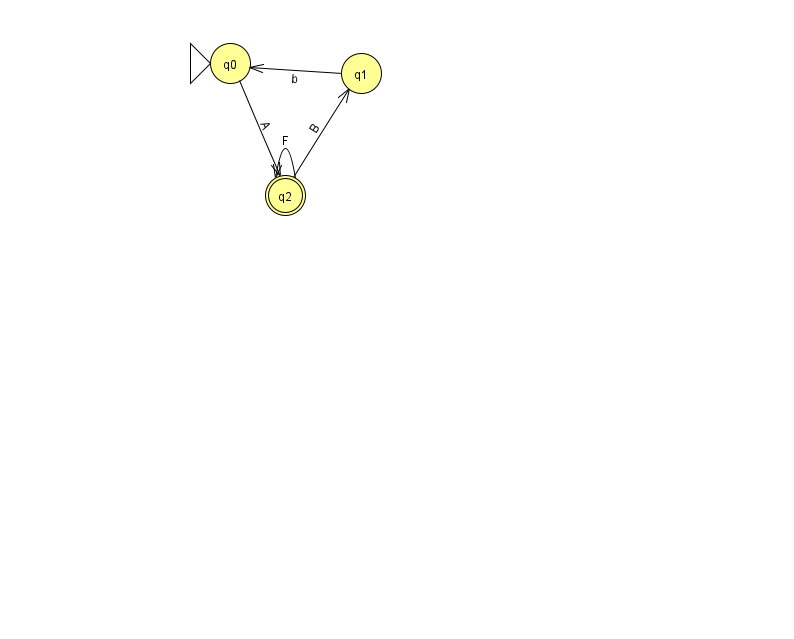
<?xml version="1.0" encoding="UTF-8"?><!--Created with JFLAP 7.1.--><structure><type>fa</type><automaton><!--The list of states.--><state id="0" name="q0"><x>230.0</x><y>50.0</y><initial/></state><state id="1" name="q1"><x>361.0</x><y>60.0</y></state><state id="2" name="q2"><x>285.0</x><y>182.0</y><final/></state><!--The list of transitions.--><transition><from>0</from><to>2</to><read>A</read></transition><transition><from>2</from><to>2</to><read>F</read></transition><transition><from>1</from><to>0</to><read>b</read></transition><transition><from>2</from><to>1</to><read>B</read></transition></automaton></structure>